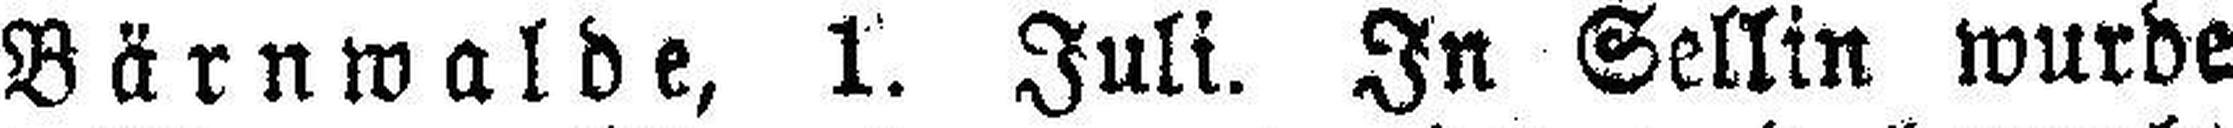
Bärnwalde, 1. Juli. In Sellin wurde